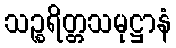
သဉ္စရိတ္တသမုဋ္ဌာနံ